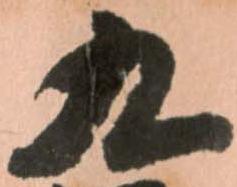
九